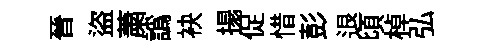
晉盜䔥譌袂搨促惜彭退頃棹弘